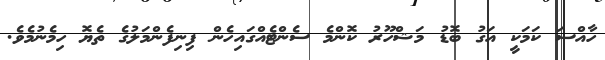
ހާއްސަ ކަމަކީ އަގު ބޮޑު މަޝްހޫރު ކޮންމެ ސެންޓެއްގައިހެން ފިނިފެންމަލުގެ ތެޔޮ ހިމެނުމެވެ.